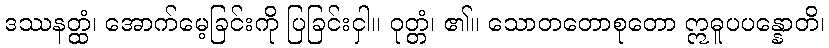
ဒဿနတ္ထံ၊ အောက်မေ့ခြင်းကို ပြခြင်းငှါ။ ဝုတ္တံ၊ ၏။ သောတတောစုတော ဣဓူပပန္နောတိ၊